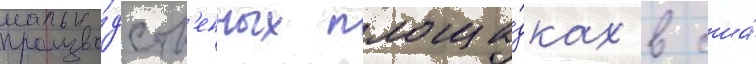
произво́дств'енных площа́дках в сша́